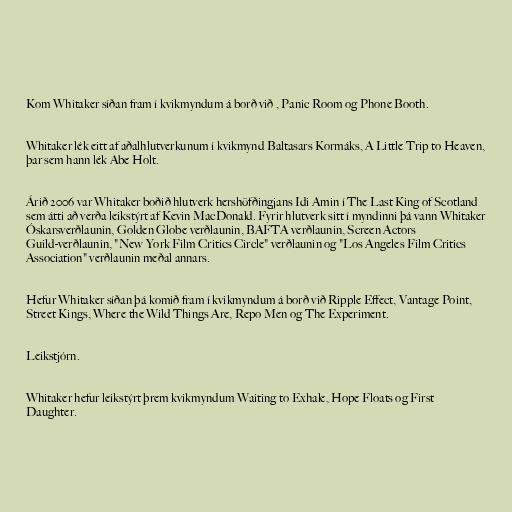
Kom Whitaker síðan fram í kvikmyndum á borð við , Panic Room og Phone Booth.

Whitaker lék eitt af aðalhlutverkunum í kvikmynd Baltasars Kormáks, A Little Trip to Heaven,
þar sem hann lék Abe Holt.

Árið 2006 var Whitaker boðið hlutverk hershöfðingjans Idi Amin í The Last King of Scotland
sem átti að verða leikstýrt af Kevin MacDonald. Fyrir hlutverk sitt í myndinni þá vann Whitaker
Óskarsverðlaunin, Golden Globe verðlaunin, BAFTA verðlaunin, Screen Actors
Guild-verðlaunin, "New York Film Critics Circle" verðlaunin og "Los Angeles Film Critics
Association" verðlaunin meðal annars.

Hefur Whitaker síðan þá komið fram í kvikmyndum á borð við Ripple Effect, Vantage Point,
Street Kings, Where the Wild Things Are, Repo Men og The Experiment.

Leikstjórn.

Whitaker hefur leikstýrt þrem kvikmyndum Waiting to Exhale, Hope Floats og First
Daughter.